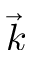
\vec { k }